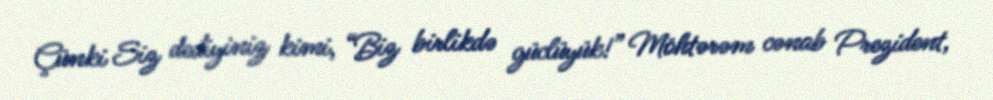
Çünki Siz dediyiniz kimi, “Biz birlikdə güclüyük!” Möhtərəm cənab Prezident,